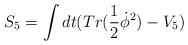
\begin{align*}S_{5} = \int dt (Tr(\frac{1}{2} \dot{\phi}^{2}) - V_{5})\end{align*}